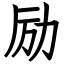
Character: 励